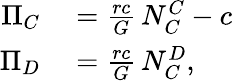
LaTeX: \begin{array}{rl}{\Pi_{C}}&{{}=\frac{rc}{G}\, N_{C}^{C}-c}\\ {\Pi_{D}}&{{}=\frac{rc}{G}\, N_{C}^{D},}\end{array}